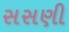
સસણી